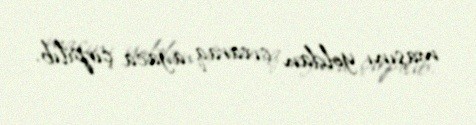
maşını yoldan çıxaraq ağaca çırpılıb.